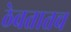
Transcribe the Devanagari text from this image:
ठेवतातच